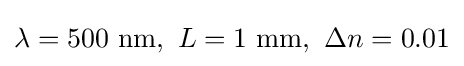
\lambda =500{\text{ nm}},\ L=1{\text{ mm}},\ \Delta n=0.01